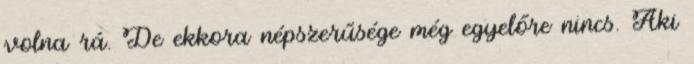
volna rá. De ekkora népszerűsége még egyelőre nincs. Aki